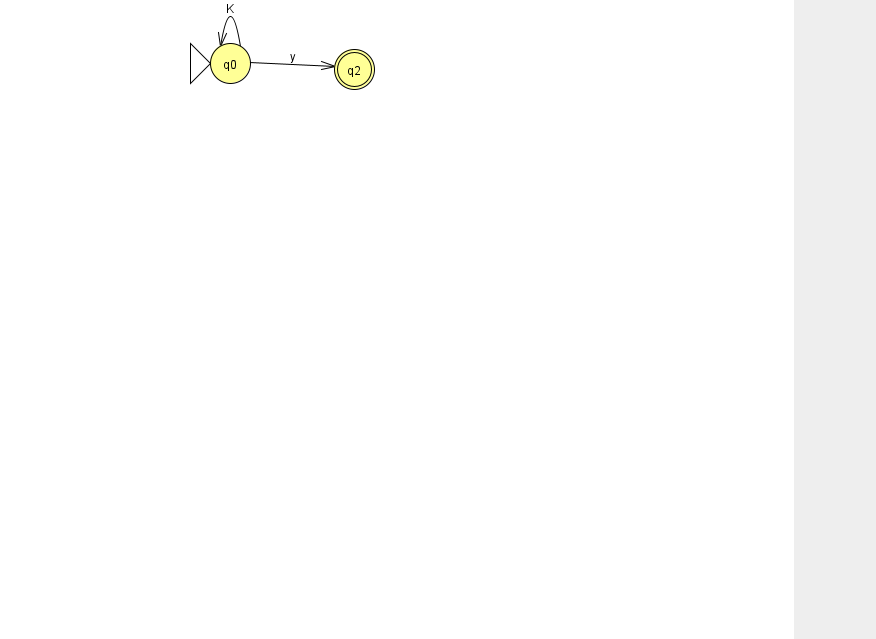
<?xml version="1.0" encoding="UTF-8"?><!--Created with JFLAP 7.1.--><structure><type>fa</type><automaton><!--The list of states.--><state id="0" name="q0"><x>230.0</x><y>50.0</y><initial/></state><state id="2" name="q2"><x>354.0</x><y>56.0</y><final/></state><!--The list of transitions.--><transition><from>0</from><to>2</to><read>y</read></transition><transition><from>0</from><to>0</to><read>K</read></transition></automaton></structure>